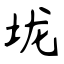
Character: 垅